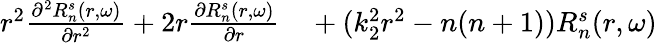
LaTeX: \begin{array}{rl}{r^{2}\frac{\partial^{2}R_{n}^{s}(r,\omega)}{\partial r^{2}}+2r\frac{\partial R_{n}^{s}(r,\omega)}{\partial r}}&{{}+(k_{2}^{2}r^{2}-n(n+1))R_{n}^{s}(r,\omega)}\end{array}